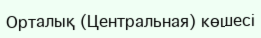
Орталық (Центральная) көшесі